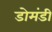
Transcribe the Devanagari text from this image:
डोमंडी